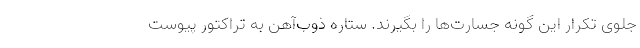
جلوی تکرار این گونه جسارت‌ها را بگیرند. ستاره ذوب‌آهن به تراکتور پیوست